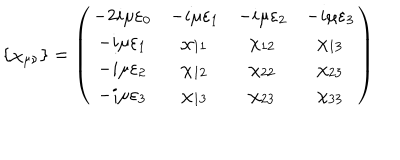
\{ \chi _ { \mu \nu } \} = \left( \begin{array} { c c c c } { { - 2 i \mu \varepsilon _ { 0 } } } & { { - i \mu \varepsilon _ { 1 } } } & { { - i \mu \varepsilon _ { 2 } } } & { { - i \mu \varepsilon _ { 3 } } } \\ { { - i \mu \varepsilon _ { 1 } } } & { { \chi _ { 1 1 } } } & { { \chi _ { 1 2 } } } & { { \chi _ { 1 3 } } } \\ { { - i \mu \varepsilon _ { 2 } } } & { { \chi _ { 1 2 } } } & { { \chi _ { 2 2 } } } & { { \chi _ { 2 3 } } } \\ { { - i \mu \varepsilon _ { 3 } } } & { { \chi _ { 1 3 } } } & { { \chi _ { 2 3 } } } & { { \chi _ { 3 3 } } } \\ \end{array} \right)